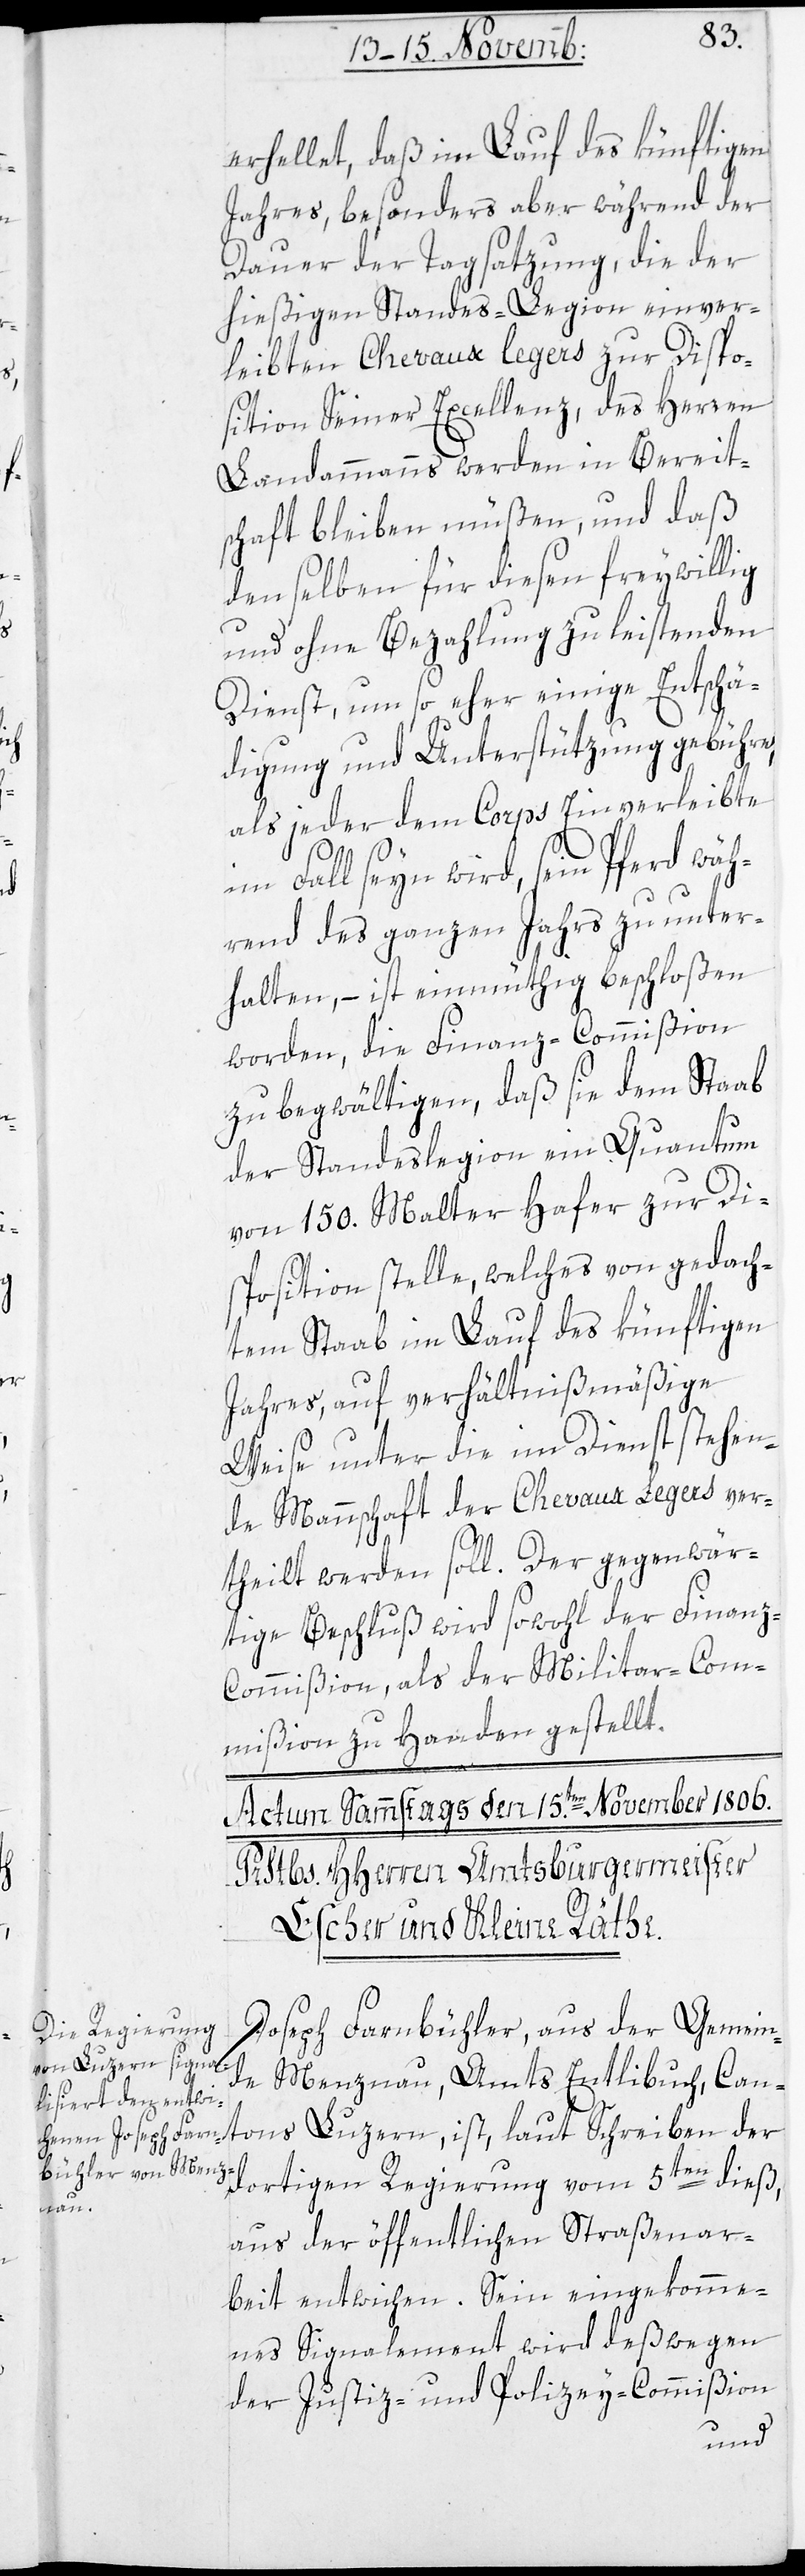
erhellet, daß im Lauf des künftigen
Jahres, besonders aber während der
Dauer der Tagsatzung, die der
hießigen Standes-Legion einver¬
leibten Chevaux Legers zur Dispo¬
sition Seiner Excellenz, des Herren
Landammanns werden in Bereit¬
schaft bleiben müßen, und daß
denselben für diesen freywillig
und ohne Bezahlung zu leistenden
Dienst, um so eher einige Entschä¬
digung und Unterstützung gebühre,
als jeder dem Corps Einverleibte
im Fall seyn wird, seyn Pferd wäh¬
rend des ganzen Jahrs zu unter¬
halten, – ist einmüthig beschloßen
worden, die Finanz-Commißion
zu begwältigen, daß sie dem Staab
der Standeslegion ein Quantum
von 150. Malter Hafer zur Di¬
sposition stelle, welches von gedach¬
tem Staab im Lauf des künftigen
Jahres, auf verhältnißmäßige
Weise unter die im Dienst stehen¬
de Mannschaft der Chevaux Legers ver¬
theilt werden soll. Der gegenwär¬
tige Beschluß wird sowohl der Finan¬
z-Commißion als der Militar-Com¬
mißion zu Handen gestellt.
Joseph Farnbühler aus der Gemein¬
de Menznau, Amts Entlibuch, Can¬
tons Luzern, ist laut Schreiben der
dortigen Regierung vom 5ten dieß,
aus der öffentlichen Straßenar¬
beit entwichen. Sein eingekomme¬
nes Signalement wird deßwegen
der Justiz- und Polizey-Commißion